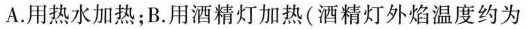
A.用热水加热；B.用酒精灯加热(酒精灯外焰温度约为